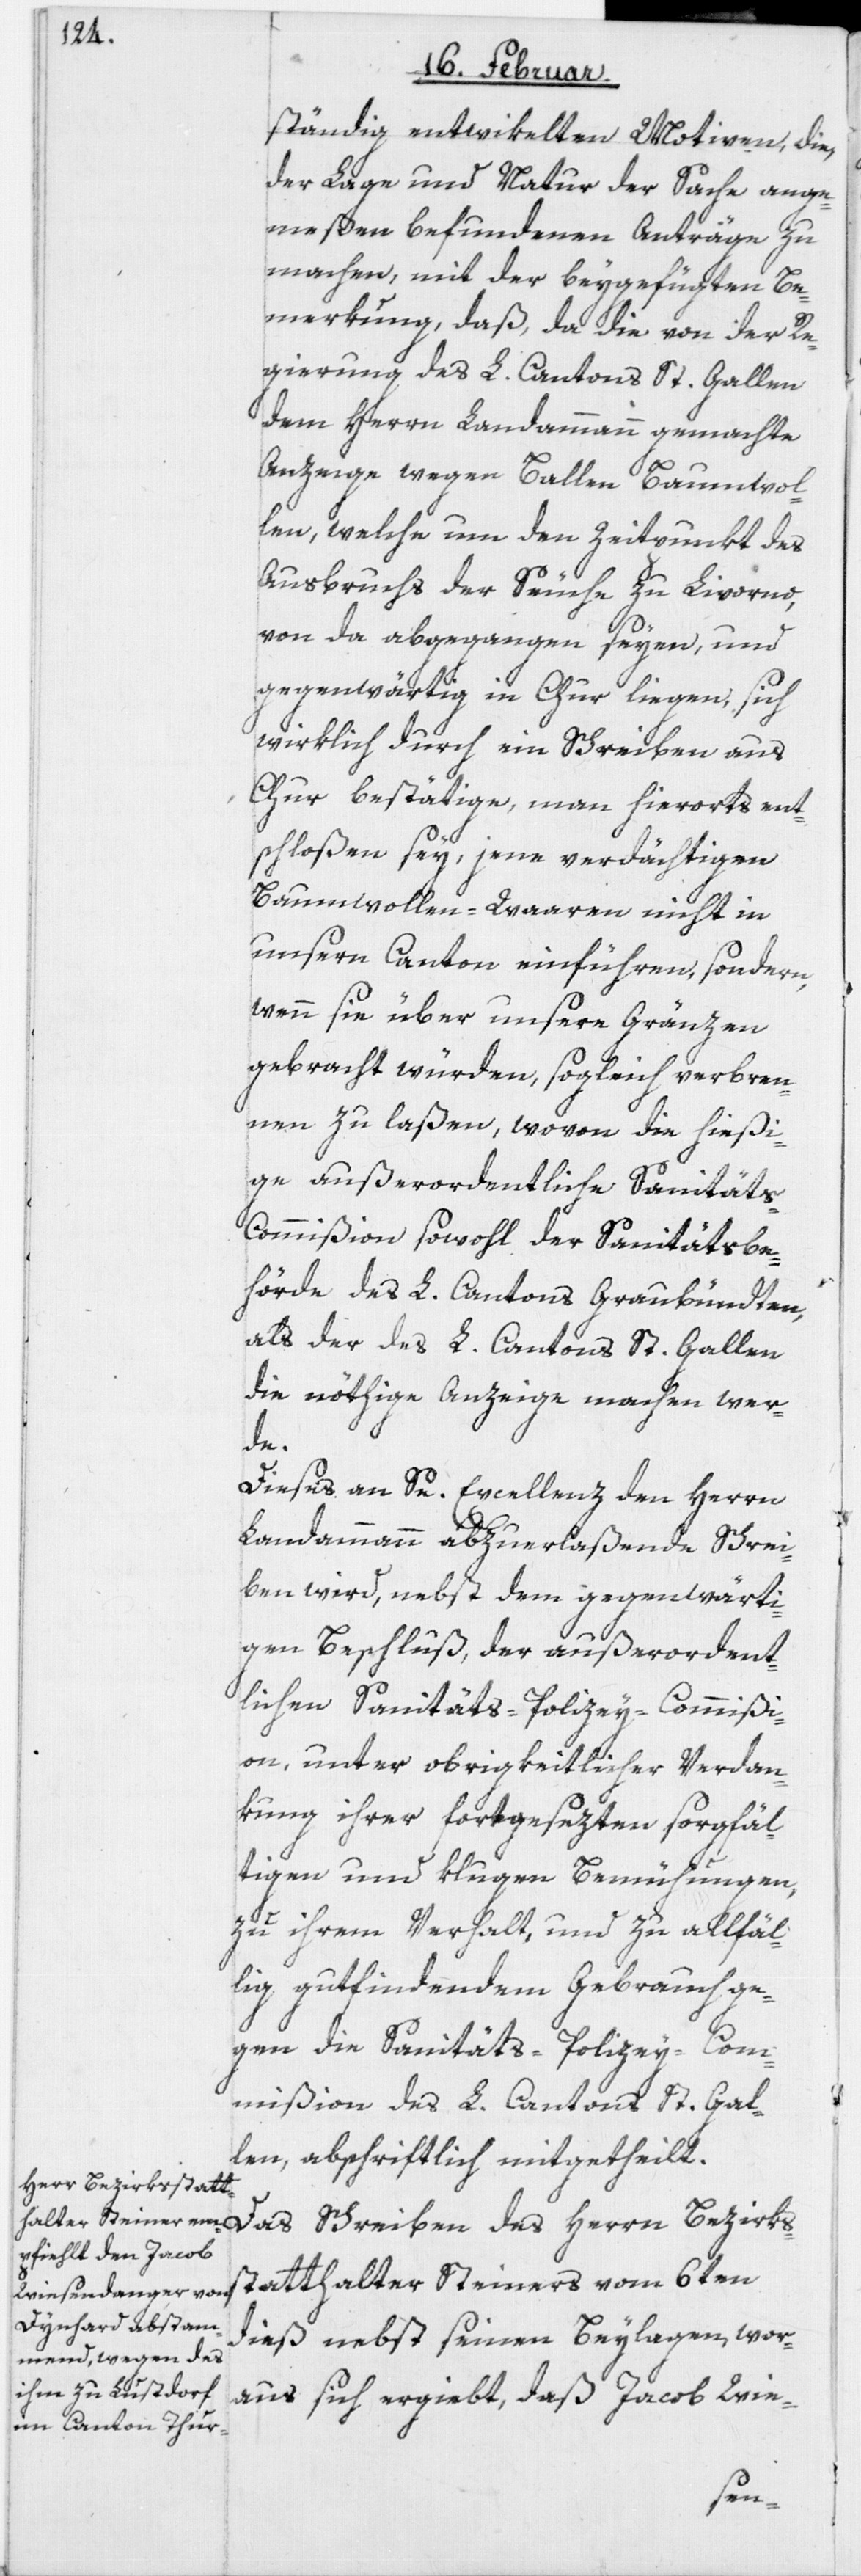
ständig entwikelten Motiven, die,
der Lage und Natur der Sache ange¬
meßen befundenen Anträge zu
machen, mit der beygefügten Be¬
merkung, daß, da die von der Re¬
gierung des L. Cantons St. Gallen
dem Herrn Landammann gemachte
Anzeige wegen Ballen Baumwol¬
len, welche um den Zeitpunkt des
Ausbruchs der Seuche zu Livorno,
von da abgegangen seyen, und
gegenwärtig in Chur liegen, sich
wirklich durch ein Schreiben aus
Chur bestätige, man hierorts ent¬
schloßen sey, jene verdächtigen
Baumwollen-Waaren nicht in
unsern Canton einführen, sondern,
wenn sie über unsere Gränzen
gebracht würden, sogleich verbren¬
nen zu laßen, wovon die hießi¬
ge außerordentliche Sanität¬
s-Commißion sowohl der Sanitätsbe¬
hörde des L. Cantons Graubündten,
als der des L. Cantons St. Gallen
die nöthige Anzeige machen wer¬
de.
Dieses an Se. Excellenz den Herrn
Landammann abzuerlaßende Schrei¬
ben wird, nebst dem gegenwärti¬
gen Beschluß der außerordent¬
lichen Sanitäts-Polizey-Commißi¬
on, unter obrigkeitlicher Verdan¬
kung ihrer fortgesetzten sorgfäl¬
tigen und klugen Bemühungen,
zu ihrem Verhalt und zu allfäl¬
lig gutfindendem Gebrauch ge¬
gen die Sanitäts-Polizey-Com¬
mißion des L. Cantons St. Gal¬
len, abschriftlich mitgetheilt.
Das Schreiben des Herrn Bezirks¬
statthalter Steiners vom 6ten
dieß nebst seinen Beylagen, wor¬
aus sich ergiebt, daß Jacob Wie-